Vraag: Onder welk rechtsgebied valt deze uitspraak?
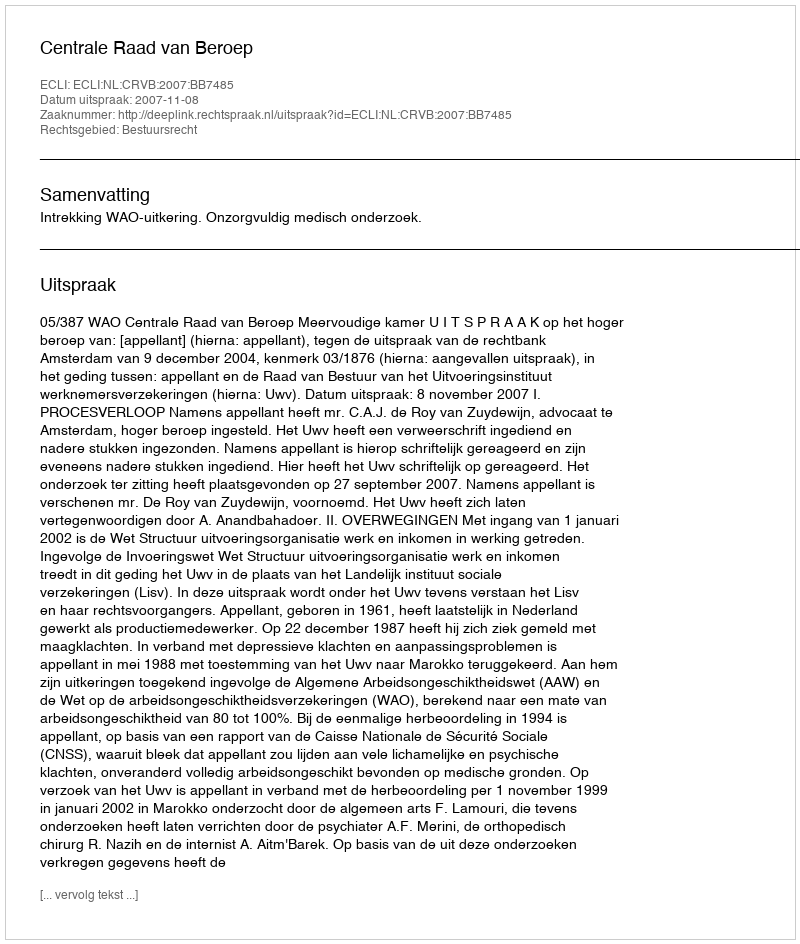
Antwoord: Bestuursrecht